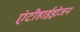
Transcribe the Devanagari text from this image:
एंटीहाईड्रोजन